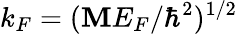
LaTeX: k_{F}=(\mathbf{M}E_{F}/\hbar^{2})^{1/2}